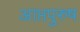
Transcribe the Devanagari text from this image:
आप्तपुरुष